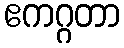
ဧကဂ္ဂတာ